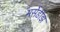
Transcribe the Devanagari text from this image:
मर्सेडीझ